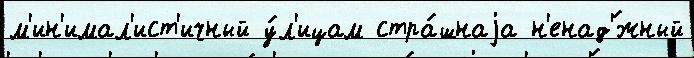
м'ин'имал'ист'ичный у́л'ицам стра́шнаjа н'енад'́жный